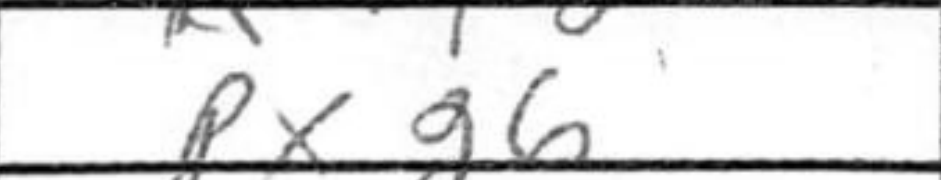
Transcription: Pxg6